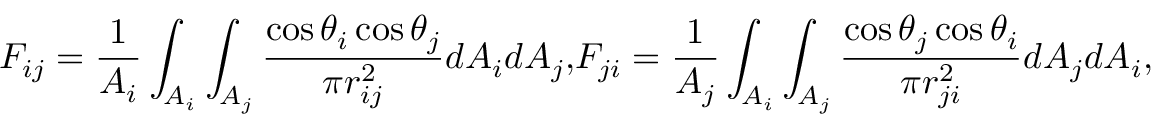
F _ { i j } = \frac { 1 } { A _ { i } } \int _ { A _ { i } } \int _ { A _ { j } } \frac { \cos { \theta _ { i } } \cos { \theta _ { j } } } { \pi r _ { i j } ^ { 2 } } d A _ { i } d A _ { j } { , } F _ { j i } = \frac { 1 } { A _ { j } } \int _ { A _ { i } } \int _ { A _ { j } } \frac { \cos { \theta _ { j } } \cos { \theta _ { i } } } { \pi r _ { j i } ^ { 2 } } d A _ { j } d A _ { i } { , }